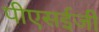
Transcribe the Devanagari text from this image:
पीएसईजी